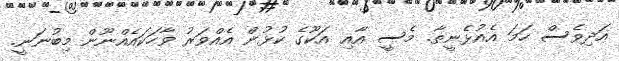
އަދިވެސް ހަމަ އެއުޅެނީތާ. މެސީ އާއި އަކޫގެ ކުޅުން އެއްވަރު ވާހަކައެއްނޫން މިބުނަނީ.